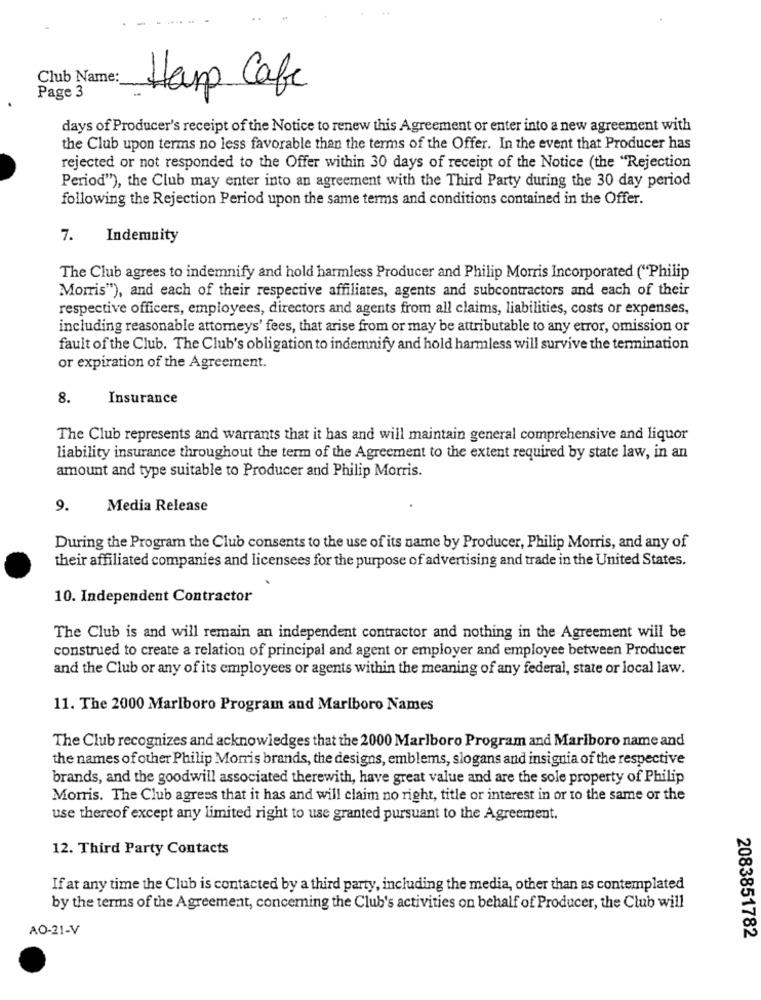
Club Name:
Page 3
Harp Cafe
days of Producer's receipt of the Notice to renew this Agreement or enter into a new agreement with
the Club upon terms no less favorable than the terms of the Offer. In the event that Producer has
rejected or not responded to the Offer within 30 days of receipt of the Notice (the "Rejection
Period"), the Club may enter into an agreement with the Third Party during the 30 day period
following the Rejection Period upon the same terms and conditions contained in the Offer.
7.
Indemnity
The Club agrees to indemnify and hold harmless Producer and Philip Morris Incorporated ("Philip
Morris"), and each of their respective affiliates, agents and subcontractors and each of their
respective officers, employees, directors and agents from all claims, liabilities, costs or expenses,
including reasonable attorneys' fees, that arise from or may be attributable to any error, omission or
fault of the Club. The Club's obligation to indemnify and hold harmless will survive the termination
or expiration of the Agreement.
8.
Insurance
The Club represents and warrants that it has and will maintain general comprehensive and liquor
liability insurance throughout the term of the Agreement to the extent required by state law, in an
amount and type suitable to Producer and Philip Morris.
9.
Media Release
During the Program the Club consents to the use of its name by Producer, Philip Morris, and any of
their affiliated companies and licensees for the purpose of advertising and trade in the United States.
10. Independent Contractor
The Club is and will remain an independent contractor and nothing in the Agreement will be
construed to create a relation of principal and agent or employer and employee between Producer
and the Club or any of its employees or agents within the meaning of any federal, state or local law.
11. The 2000 Marlboro Program and Marlboro Names
The Club recognizes and acknowledges that the 2000 Marlboro Program and Marlboro name and
the names of other Philip Morris brands, the designs, emblems, slogans and insignia of the respective
brands, and the goodwill associated therewith, have great value and are the sole property of Philip
Morris. The Club agrees that it has and will claim no right, title or interest in or to the same or the
use thereof except any limited right to use granted pursuant to the Agreement.
12. Third Party Contacts
If at any time the Club is contacted by a third party, including the media, other than as contemplated
by the terms of the Agreement, concerning the Club's activities on behalf of Producer, the Club will
AO-21-V
2083851782